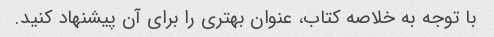
با توجه به خلاصه کتاب، عنوان بهتری را برای آن پیشنهاد کنید.